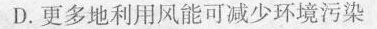
D.更多地利用风能可减少环境污染